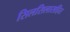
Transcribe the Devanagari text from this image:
सिलसिलासहित